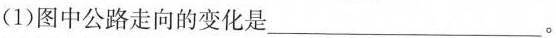
(1)图中公路走向的变化是___。